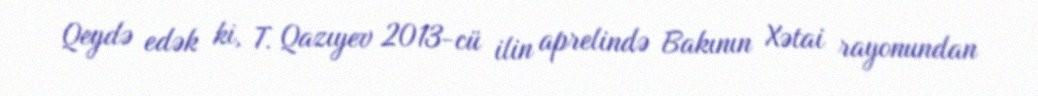
Qeydə edək ki, T. Qazıyev 2013-cü ilin aprelində Bakının Xətai rayonundan